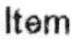
ITEM